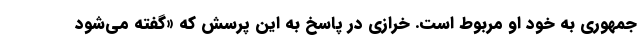
جمهوری به خود او مربوط است. خرازی در پاسخ به این پرسش که «گفته می‌شود